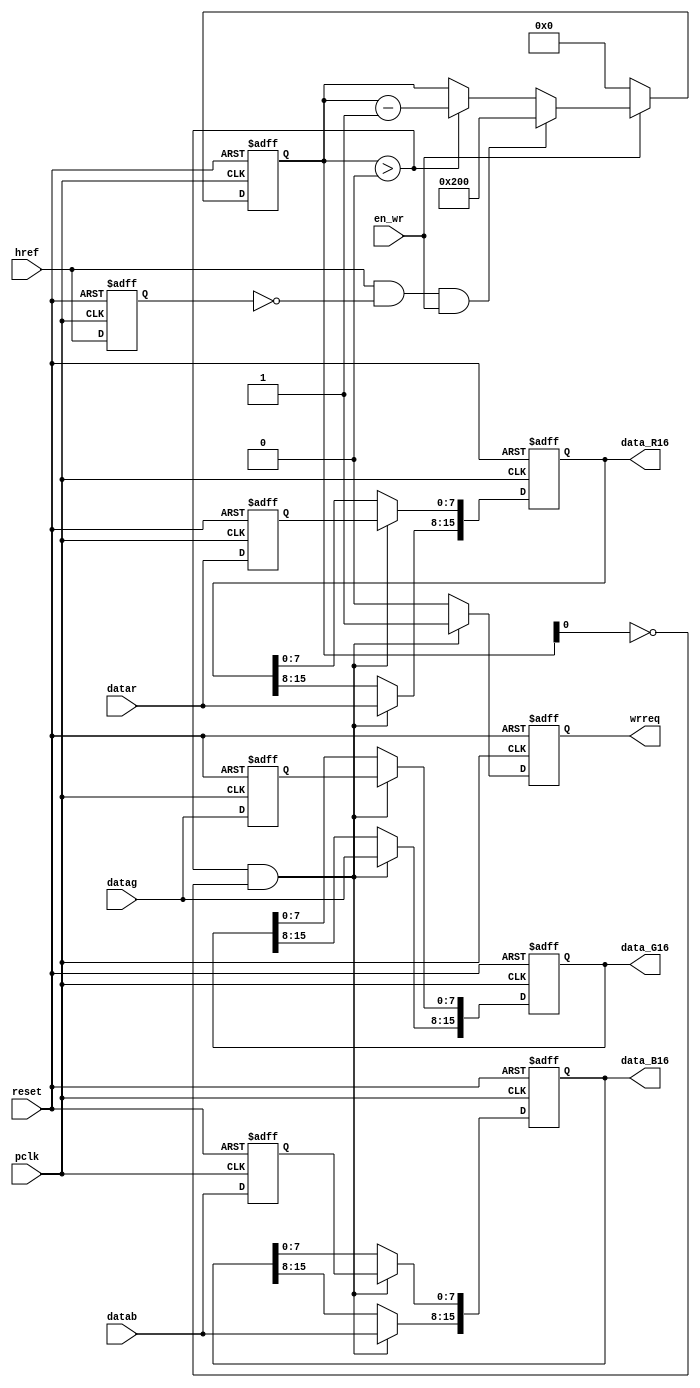
/************************************************************************************************** 
                                                                                                  
Copyright 2002-2003 , AI&R , Xi'an Jiao Tong University                                           
                                                                                                  
All Rights Reserved                                                                               
                                                                                                  
Version: 1.0                                                                                      
                                                                                                  
Author: Zeng Qiang

time  : 2005.02.23
                                                                                                  
**************************************************************************************************/
                                                                                                  
//JPEG2000  SDRAM Controller testbench

/*****************        SYNTHESIZABLE MODULES      ********************************************

Name:      wr_fifo_RGB
Function:  convert dataR/G/B[7:0] to dataR/G/B[15:0] ,and write them to FIFO R/G/B 

***************************************************************************************************/ 

`timescale 1ns / 100ps
module  camera_interface(
                     pclk,
                     reset,                 //
                     href,
                     en_wr,
                     datar,
                     datag,
                     datab,
                     data_R16,
                     data_G16,
                     data_B16,
                     wrreq
                   );

//`include        "params.v"

parameter image_width      = 512;
//parameter image_width_size = 9;                     counter_wr


input           pclk;
input           reset;
input           href;
input           en_wr;
input[7:0]      datar;
input[7:0]      datag;
input[7:0]      datab;

output[15:0]    data_R16;
output[15:0]    data_G16;
output[15:0]    data_B16;
output          wrreq;

wire            pclk;
wire            reset;
wire            href;
wire            en_wr;
wire[7:0]       datar;
wire[7:0]       datag;
wire[7:0]       datab;

reg[15:0]       data_R16;
reg[15:0]       data_G16;
reg[15:0]       data_B16;
reg             wrreq;

reg             href_reg;
reg[7:0]        datar_reg;
reg[7:0]        datag_reg;
reg[7:0]        datab_reg;

reg[9:0]        counter_wr;                      // Max image width = 4096 -->12


// ***************************************** counter_wr *******************************************
always@(posedge pclk or posedge reset)
begin
        if(reset==1'b1)
                begin
                        counter_wr<=10'b0;
                end
        else if(en_wr==1'b0)
                begin
                        counter_wr<=10'b0;
                end
        else if((href==1'b1) &&(href_reg==1'b0) && (en_wr==1'b1))
                begin
                        counter_wr<=image_width;           //image width = href width
                end
        else if(counter_wr>10'b0)
                begin
                        counter_wr<=counter_wr-10'd1;
                end
        else
                begin
                        counter_wr<=counter_wr;
                end
end

// ************************************* register signals *****************************************
always@(posedge pclk or posedge reset)
begin
        if(reset==1'b1)
                begin
                        href_reg<=1'b0;
                        datar_reg<=8'b0;
                        datag_reg<=8'b0;
                        datab_reg<=8'b0;
                end
        else
                begin
                        href_reg<=href;
                        datar_reg<=datar;
                        datag_reg<=datag;       
                        datab_reg<=datab;
                end
end

// *********************************** convert 8 to 16 ********************************************
always@(posedge pclk or posedge reset)
begin
        if(reset==1'b1)
                begin
                        data_R16[15:8]<=8'b0;
                        data_R16[7:0] <=8'b0;
                        data_G16[15:8]<=8'b0;
                        data_G16[7:0] <=8'b0;
                        data_B16[15:8]<=8'b0;
                        data_B16[7:0] <=8'b0;
                end
        else if((counter_wr>0) && (counter_wr[0]==0))       //even
                begin
                        data_R16[15:8]<=datar;
                        data_R16[7:0] <=datar_reg;           //8
                        data_G16[15:8]<=datag;
                        data_G16[7:0] <=datag_reg;
                        data_B16[15:8]<=datab;
                        data_B16[7:0] <=datab_reg;                      
                end
        else
                begin                                       //hold
                        data_R16[15:8]<=data_R16[15:8];
                        data_R16[7:0] <=data_R16[7:0];
                        data_G16[15:8]<=data_G16[15:8];
                        data_G16[7:0] <=data_G16[7:0];
                        data_B16[15:8]<=data_B16[15:8];
                        data_B16[7:0] <=data_B16[7:0];
                end
end

// ******************************************* wrreq **********************************************
always@(posedge pclk or posedge reset)
begin
        if(reset==1'b1)
                begin
                        wrreq<=1'b0;
                end
        else if((counter_wr>10'b0) && (counter_wr[0]==0))       //even
                begin
                        wrreq<=1'b1;
                end
        else
                begin
                        wrreq<=1'b0;
                end
end


endmodule